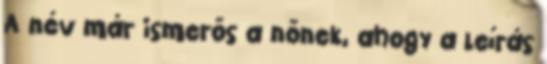
A név már ismerős a nőnek, ahogy a leírás